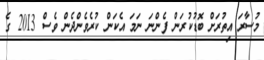
މުސާރަ އިތުރަށް ބޮޑުކުރަން ފެންނަ ނަމަ އެކަން ކުރެވެންދެން ވެސް 2013 ގެ